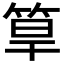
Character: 筸